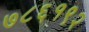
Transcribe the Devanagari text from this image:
७८६१९२